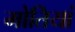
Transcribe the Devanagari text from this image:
मोतियां